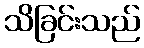
သိခြင်းသည်